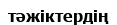
тәжіктердің